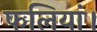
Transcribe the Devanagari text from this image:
फलियां।